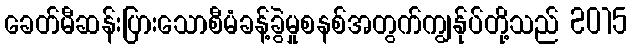
ခေတ်မီဆန်းပြားသောစီမံခန့်ခွဲမှုစနစ်အတွက်ကျွန်ုပ်တို့သည် 2015